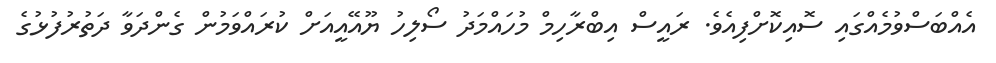
އެއްބަސްވުމެއްގައި ސޮއިކޮށްފިއެވެ. ރައީސް އިބްރާހިމް މުހައްމަދު ސޯލިހު ޔޫއޭއީއަށް ކުރައްވަމުން ގެންދަވާ ދަތުރުފުޅުގެ